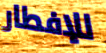
للإفطار